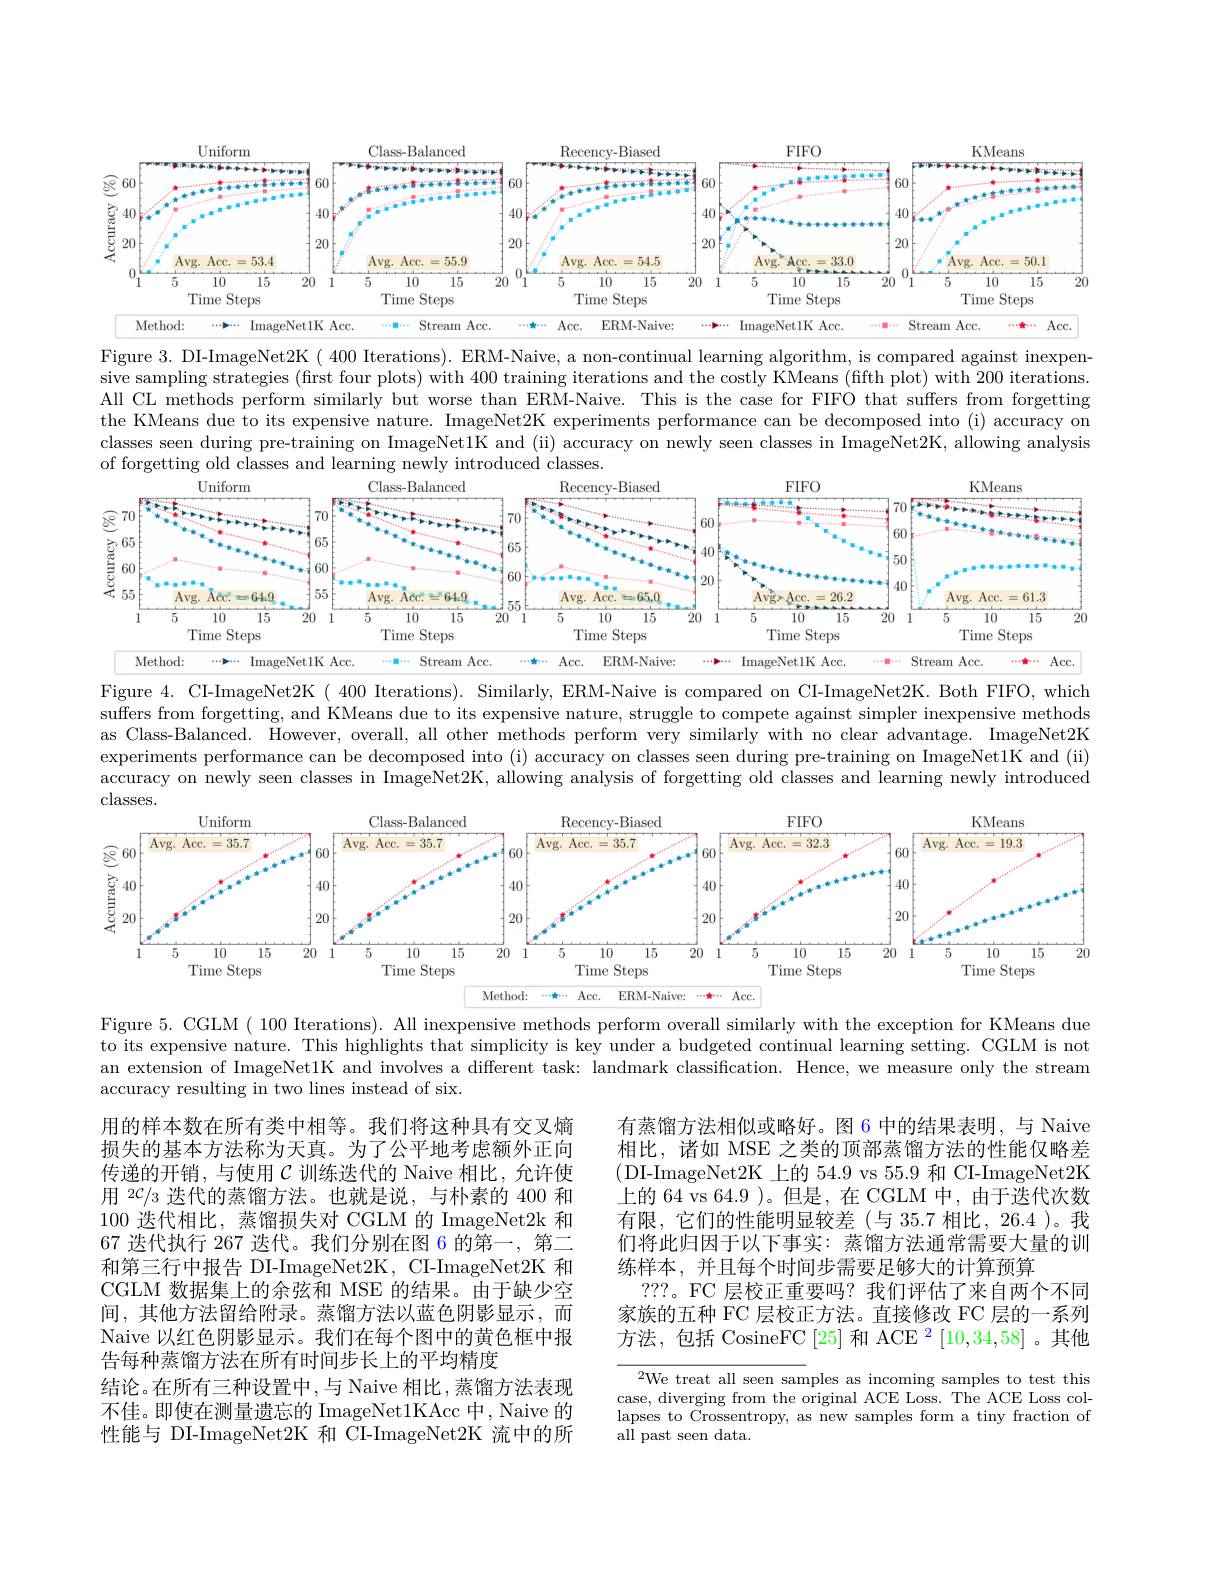
<FigureHere>

Figure 3. DI-ImageNet2K( 400 Iterations). ERM-Naive, a non-continual learning algorithm, is compared against inexpensive sampling strategies (first four plots) with 400 training iterations and the costly KMeans (fifth plot) with 200 iterations. All CL methods perform similarly but worse than ERM-Naive. This is the case for FIFO that suffers from forgetting the KMeans due to its expensive nature. ImageNet2K experiments performance can be decomposed into (i) accuracy on classes seen during pre-training on ImageNet1K and (ii) accuracy on newly seen classes in ImageNet2K, allowing analysis of forgetting old classes and learning newly introduced classes.

Figure 4. CI-ImageNet2K ( 400 Iterations). Similarly, ERM-Naive is compared on CI-ImageNet2K. Both FIFO, which suffers from forgetting, and KMeans due to its expensive nature, struggle to compete against simpler inexpensive methods as Class-Balanced. However, overall, all other methods perform very similarly with no clear advantage. ImageNet2K experiments performance can be decomposed into (i) accuracy on classes seen during pre-training on ImageNet1K and (ii) accuracy on newly seen classes in ImageNet2K, allowing analysis of forgetting old classes and learning newly introduced classes.

<FigureHere>

Figure 5. CGLM ( 100 Iterations). All inexpensive methods perform overall similarly with the exception for KMeans due to its expensive nature. This highlights that simplicity is key under a budgeted continual learning setting. CGLM is not an extension of ImageNetlK and involves a different task: landmark classification. Hence, we measure only the stream accuracy resulting in two lines instead of six.

有蒸馏方法相似或略好。图 6 中的结果表明，与 Naive 相比，诸如 MSE 之类的顶部蒸馏方法的性能仅略差(DI-ImageNet2K 上的 54.9 vs 55.9 和 CI-ImageNet2K 上的 64 vs 64.9 )。但是，在 CGLM 中，由于迭代次数有限，它们的性能明显较差(与 35.7 相比，26.4 )。我们将此归因于以下事实：蒸馏方法通常需要大量的训练样本，并且每个时间步需要足够大的计算预算
???。FC 层校正重要吗？我们评估了来自两个不同家族的五种 FC 层校正方法。直接修改 FC 层的一系列方法，包括 CosineFC [25] 和 ACE $^2\left[10,34,58\right]$。其他

用的样本数在所有类中相等。我们将这种具有交叉熵损失的基本方法称为天真。为了公平地考虑额外正向传递的开销，与使用$\mathcal{C}$ 训练迭代的 Naive 相比，允许使用 2$\mathcal{C}/_3$迭代的蒸馏方法。也就是说，与朴素的 400 和100 迭代相比，蒸馏损失对 CGLM 的 ImageNet2k 和67 迭代执行 267 迭代。我们分别在图 6 的第一，第二和第三行中报告 DI-ImageNet2K, CI-ImageNet2K 和CGLM 数据集上的余弦和 MSE 的结果。由于缺少空间，其他方法留给附录。蒸馏方法以蓝色阴影显示，而Naive 以红色阴影显示。我们在每个图中的黄色框中报告每种蒸馏方法在所有时间步长上的平均精度
结论。在所有三种设置中，与 Naive 相比，蒸馏方法表现不佳。即使在测量遗忘的 ImageNet1KAcc 中，Naive 的性能与 DI-ImageNet2K 和 CI-ImageNet2K 流中的所

$^{2}$We treat all seen samples as incoming samples to test this case, diverging from the original ACE Loss. The ACE Loss collapses to Crossentropy, as new samples form a tiny fraction of all past seen data.